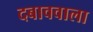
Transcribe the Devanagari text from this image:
दबाववाला